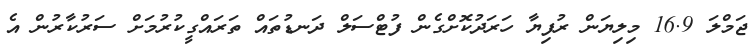
ޖަމްލަ 16.9 މިލިޔަން ރުފިޔާ ހަރަދުކޮށްގެން ފުޓްސަލް ދަނޑުތައް ތަރައްގީކުރުމަށް ސަރުކާރުން އެ